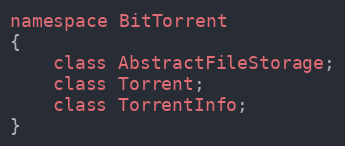
Language: C
namespace BitTorrent
{
    class AbstractFileStorage;
    class Torrent;
    class TorrentInfo;
}